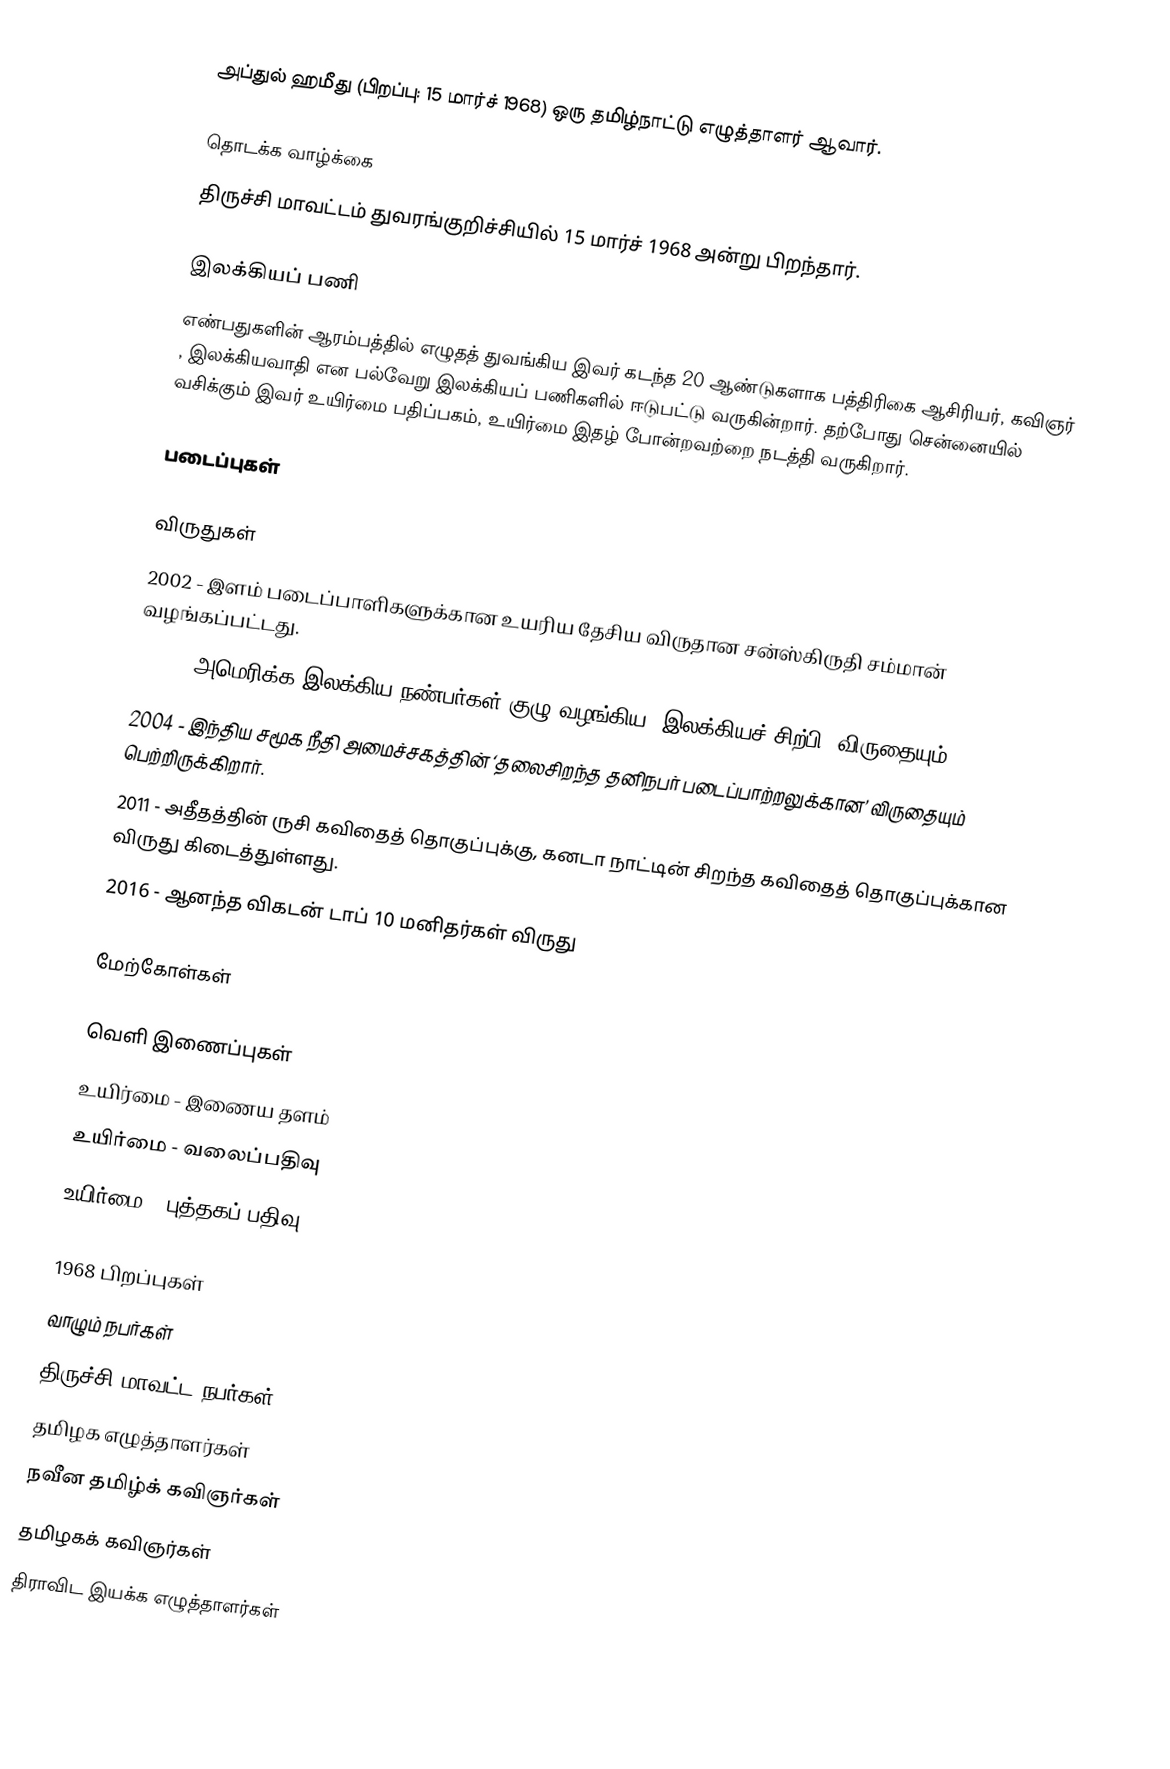
அப்துல் ஹமீது (பிறப்பு: 15 மார்ச் 1968) ஒரு தமிழ்நாட்டு எழுத்தாளர் ஆவார்.

தொடக்க வாழ்க்கை
திருச்சி மாவட்டம் துவரங்குறிச்சியில் 15 மார்ச் 1968 அன்று பிறந்தார்.

இலக்கியப் பணி
எண்பதுகளின் ஆரம்பத்தில் எழுதத் துவங்கிய இவர் கடந்த 20 ஆண்டுகளாக பத்திரிகை ஆசிரியர், கவிஞர் , இலக்கியவாதி என பல்வேறு இலக்கியப் பணிகளில் ஈடுபட்டு வருகின்றார். தற்போது சென்னையில் வசிக்கும் இவர் உயிர்மை பதிப்பகம், உயிர்மை இதழ் போன்றவற்றை நடத்தி வருகிறார்.

படைப்புகள்

விருதுகள்
 2002 - இளம் படைப்பாளிகளுக்கான உயரிய தேசிய விருதான சன்ஸ்கிருதி சம்மான் வழங்கப்பட்டது.
 2003 - அமெரிக்க இலக்கிய நண்பர்கள் குழு வழங்கிய ‘இலக்கியச் சிற்பி’ விருதையும்,
 2004 - இந்திய சமூக நீதி அமைச்சகத்தின் ‘தலைசிறந்த தனிநபர் படைப்பாற்றலுக்கான’ விருதையும் பெற்றிருக்கிறார்.
 2011 - அதீதத்தின் ருசி கவிதைத் தொகுப்புக்கு, கனடா நாட்டின் சிறந்த கவிதைத் தொகுப்புக்கான விருது கிடைத்துள்ளது.
 2016 - ஆனந்த விகடன் டாப் 10 மனிதர்கள் விருது

மேற்கோள்கள்

வெளி இணைப்புகள்
உயிர்மை - இணைய தளம்
உயிர்மை - வலைப்பதிவு
உயிர்மை - புத்தகப் பதிவு

1968 பிறப்புகள்
வாழும் நபர்கள்
திருச்சி மாவட்ட நபர்கள்
தமிழக எழுத்தாளர்கள்
நவீன தமிழ்க் கவிஞர்கள்
தமிழகக் கவிஞர்கள்
திராவிட இயக்க எழுத்தாளர்கள்